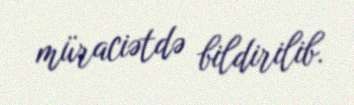
müraciətdə bildirilib.